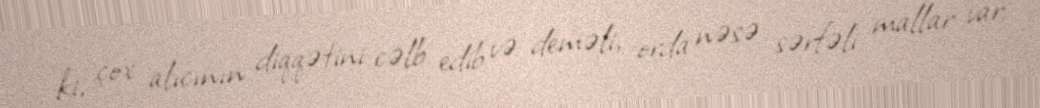
ki, çox alıcının diqqətini cəlb edib və deməli, orda nəsə sərfəli mallar var;